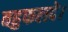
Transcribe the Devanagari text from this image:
बहुफलदे।